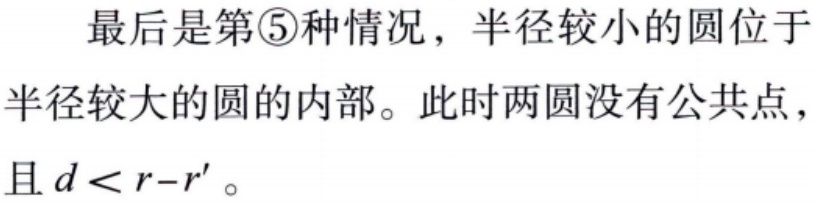
最后是第\textcircled{5}种情况，半径较小的圆位于半径较大的圆的内部。此时两圆没有公共点，且 \(d < r - r'\)。